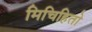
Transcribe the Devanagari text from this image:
मिचिहितो